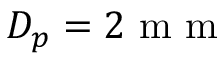
D _ { p } = 2 \mathrm { ~ m ~ m ~ }